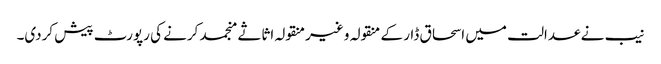
نیب نے عدالت میں اسحاق ڈار کے منقولہ و غیرمنقولہ اثاثے منجمد کرنے کی رپورٹ پیش کردی۔